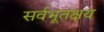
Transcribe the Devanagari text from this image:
सर्वभूतक्षय